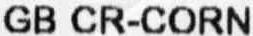
GB CR-CORN